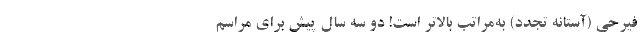
فیرحی (آستانه تجدد) به‌مراتب بالاتر است! دو سه سال پیش برای مراسم